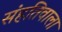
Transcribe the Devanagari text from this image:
संहतिवाला